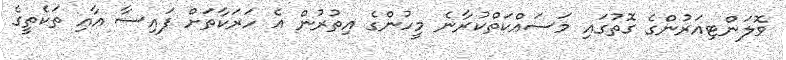
ވޮލަންޓިއަރުންގެ ގޮތުގައި މަސައްކަތްކުރާނެ މީހުންގެ އިތުރުން އެ ހަރަކާތަށް ފައިސާ އާއި ތަކެތީގެ